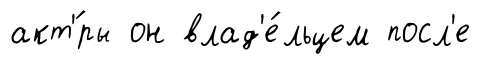
акт'́ры он влад'е́льцем посл'е